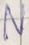
Text: N